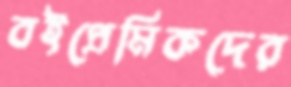
বইপ্রেমিকদের